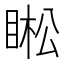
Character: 𱲽